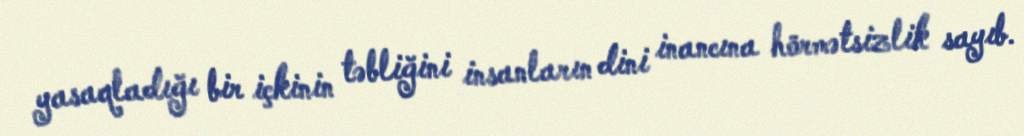
yasaqladığı bir içkinin təbliğini insanların dini inancına hörmətsizlik sayıb.